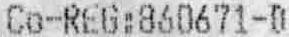
CO-REG:860671-D